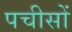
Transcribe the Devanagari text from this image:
पचीसों